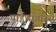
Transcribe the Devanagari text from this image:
पाईथागोरस